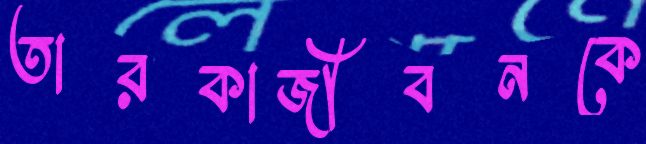
তারকাজীবনকে